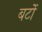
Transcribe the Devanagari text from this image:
बर्टो